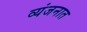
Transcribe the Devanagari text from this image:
व्यंजनात